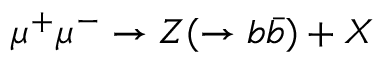
\mu ^ { + } \mu ^ { - } \to Z ( \to b \bar { b } ) + X